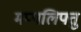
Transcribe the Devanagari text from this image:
मप्पलिपत्तु